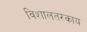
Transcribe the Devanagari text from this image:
विशालतरकाय